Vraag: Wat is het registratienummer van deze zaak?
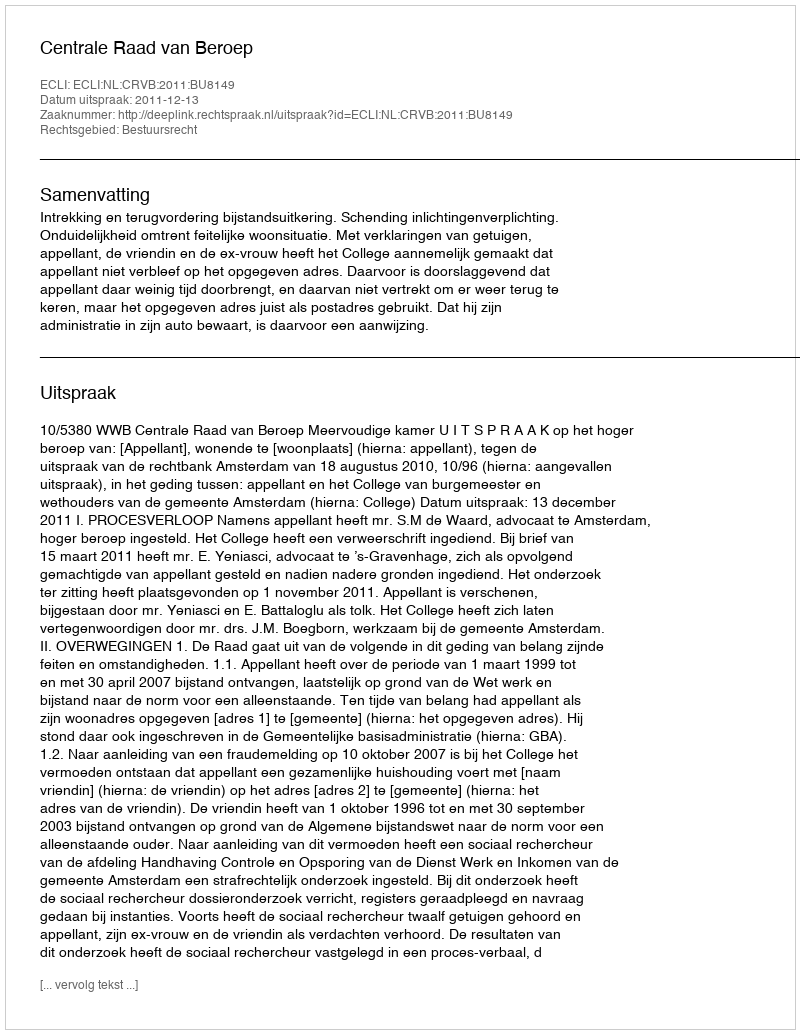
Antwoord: http://deeplink.rechtspraak.nl/uitspraak?id=ECLI:NL:CRVB:2011:BU8149